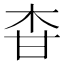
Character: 𤯃